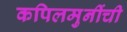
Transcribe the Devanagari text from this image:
कपिलमुनींची